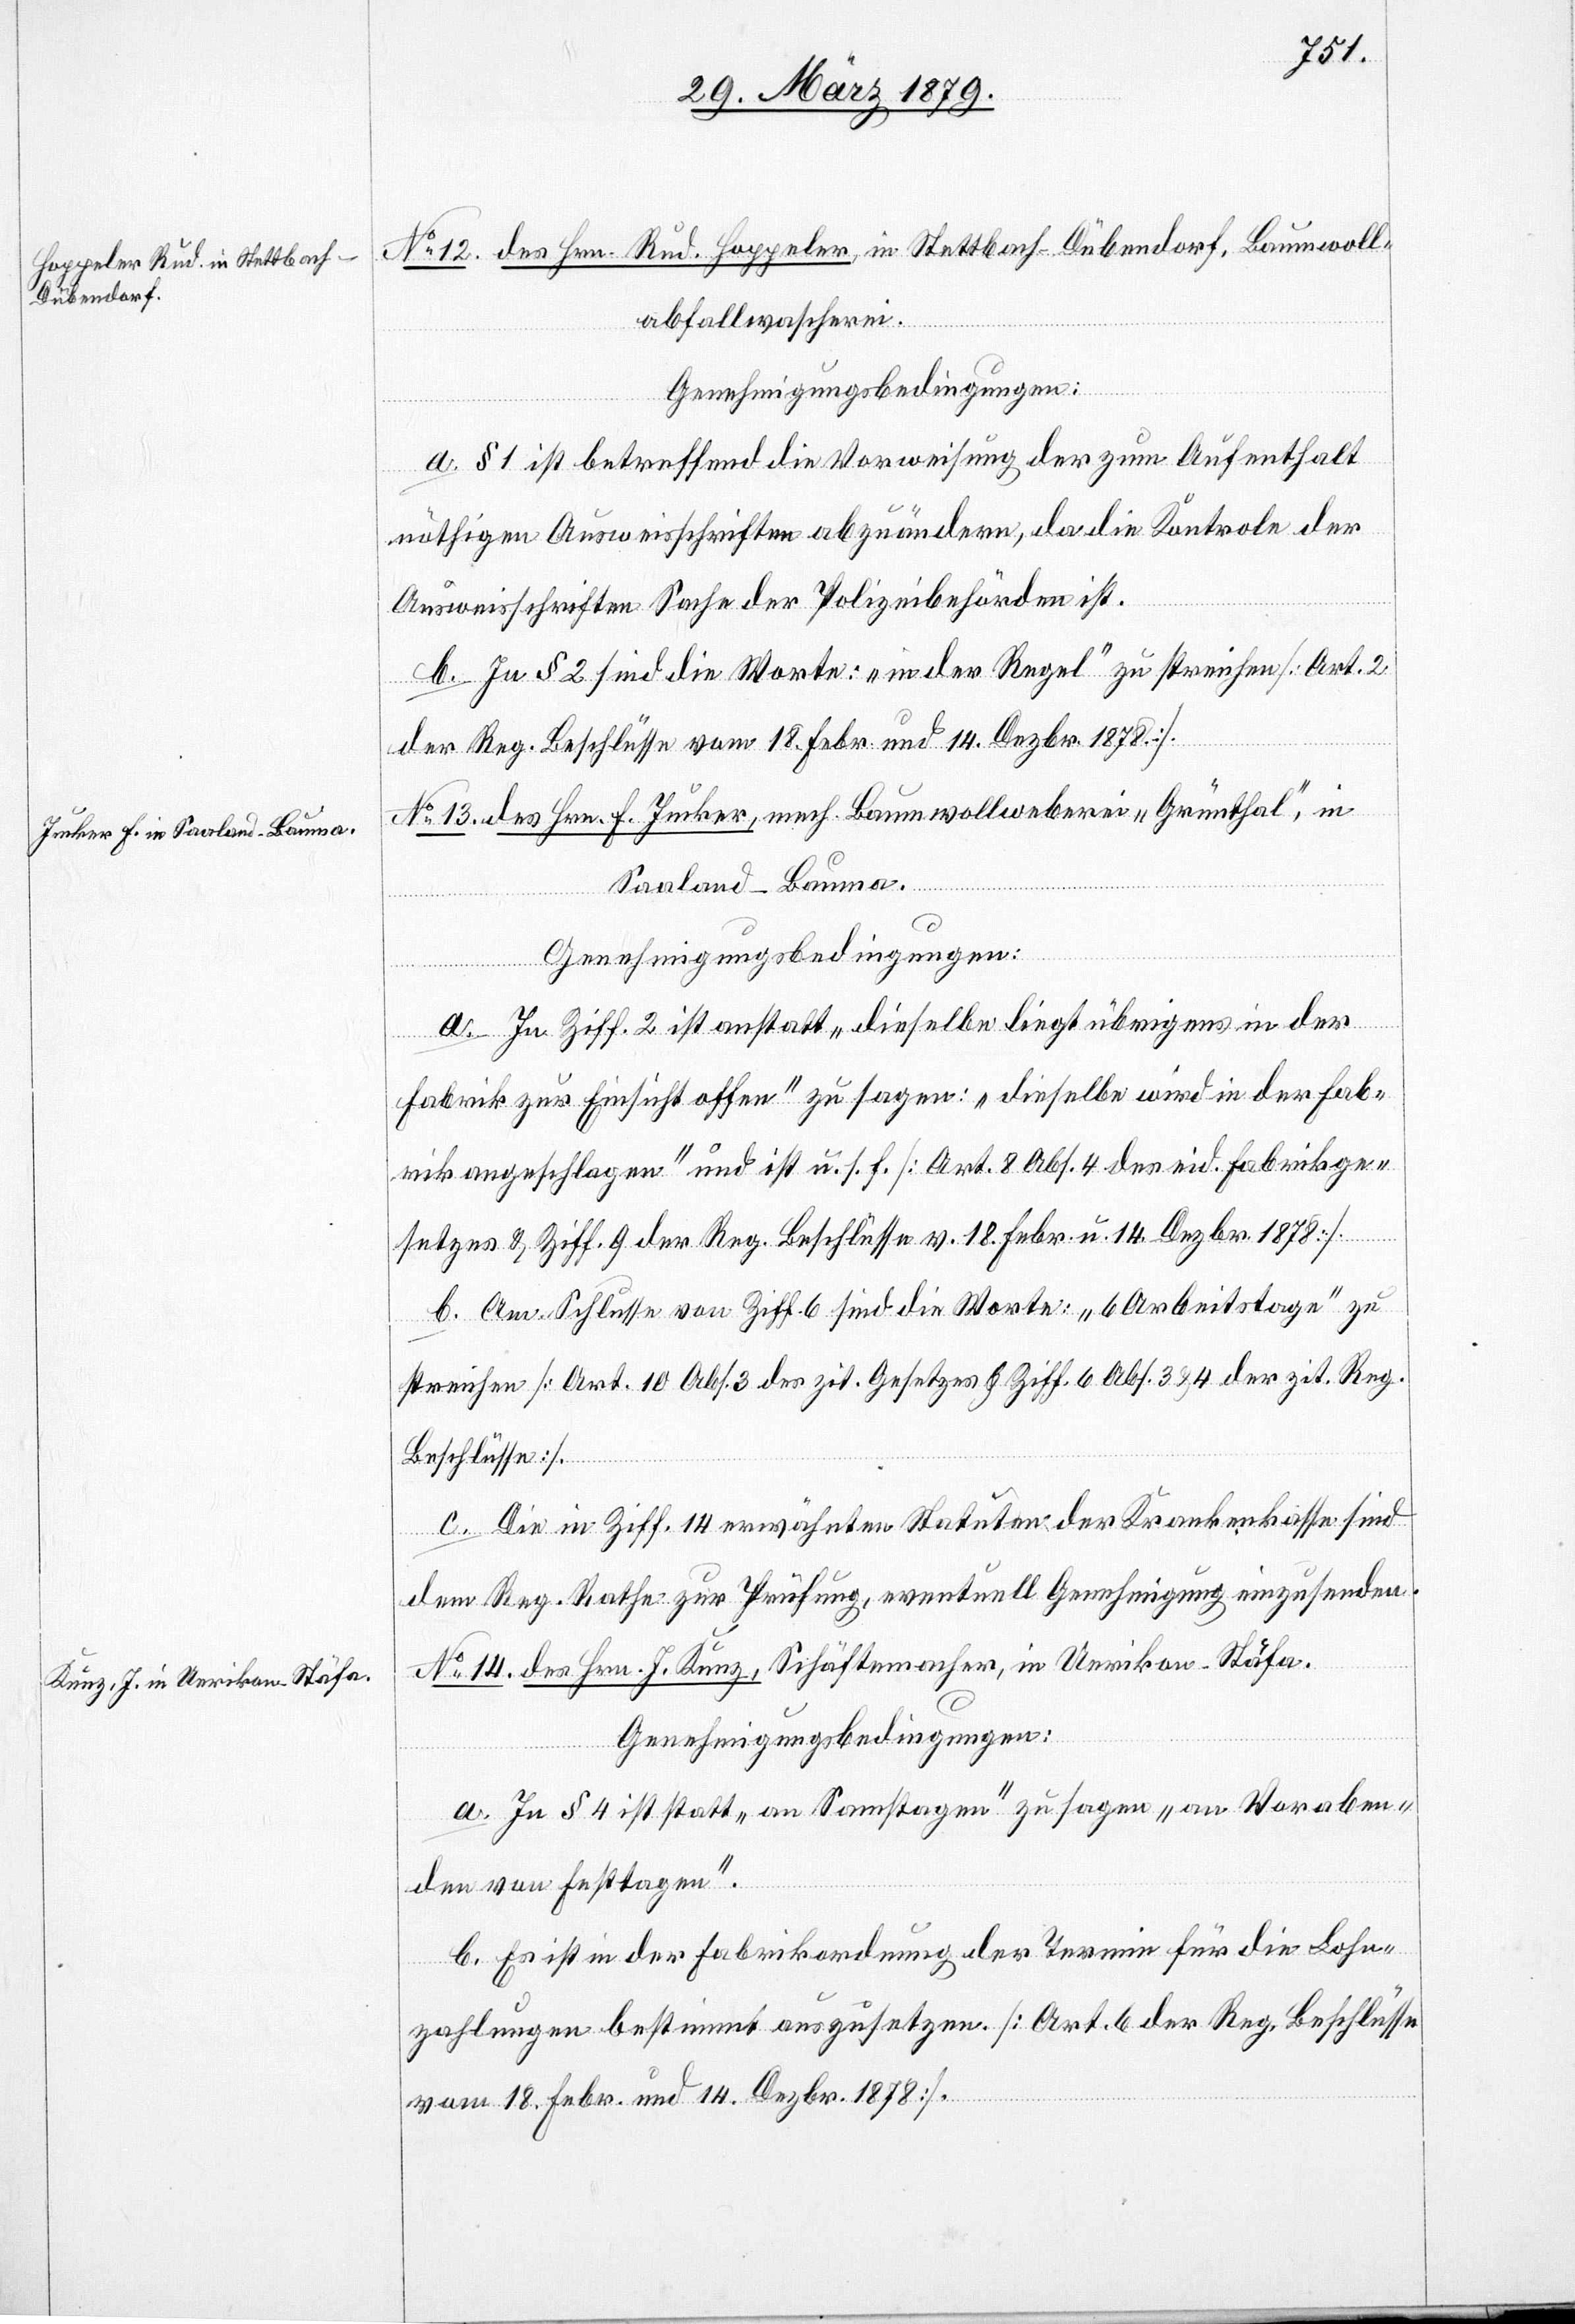
No 12. des Hrn. Rud. Hoppeler, in Stettbach - Dübendorf, Baumwoll¬
abfallwascherei
Genehmigungsbedingungen:
a. § 1 ist betreffend die Vorweisung der zum Aufenthalt
nöthigen Ausweisschriften abzuändern, da die Kontrole der
Ausweisschriften Sache der Polizeibehörden ist.
b. In § 2 sind die Worte: „in der Regel“ zu streichen [Art. 2
der Reg. Beschlüsse vom 18. Febr. und 14. Dezbr. 1878].
No 13. des Hrn. F. Jucker, mech. Baumwollweberei „Grünthal“, in
Saaland - Bauma.
Genehmigungsbedingungen:
[Fabr¬
a. In Ziff. 2 ist anstatt „dieselbe liegt übrigens in der
Fabrik zur Einsicht offen“ zu sagen: „dieselbe wird in der Fab¬
rik angeschlagen“ und ist u. s. f. [Art. 8 Abs. 4 des eid. Fabrikge¬
setzes & Ziff. 9 der Reg. Beschlüsse v. 18. Febr. u. 14. Dezbr. 1878].
b. Am Schlusse von Ziff. 6 sind die Worte: „6 Arbeitstage“ zu
streichen [Art. 10 Abs. 3 des zit. Gesetzes & Ziff. 6 Abs. 3 & 4 der zit. Reg.
Beschlüsse].
c. Die in Ziff. 14 erwähnten Statuten der Krankenkasse sind
dem Reg. Rathe zur Prüfung, eventuell Genehmigung einzusenden.
No 14. des Hrn. J. Kunz, Schäftemacher, in Uerikon - Stäfa.
Genehmigungsbedingungen:
a. In § 4 ist statt „an Samstagen“ zu sagen „an Voraben¬
den von Festtagen“.
b. Es ist in der Fabrikordnung der Termin für die Lohn¬
zahlungen bestimmt auszusetzen. [Art. 6 der Reg. Beschlüsse
[Fortsetzung
vom 18. Febr. und 14. Dezbr. 1878].